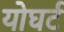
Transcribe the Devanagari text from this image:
योघर्ट